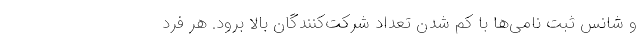
و شانس ثبت نامی‌ها با کم شدن تعداد شرکت‌کنندگان بالا برود. هر فرد